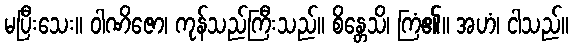
မပြီးသေး။ ဝါဏိဇော၊ ကုန်သည်ကြီးသည်။ စိန္တေသိ၊ ကြံ၏။ အဟံ၊ ငါသည်။